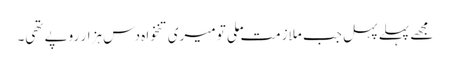
مجھے پہلے پہل جب ملازمت ملی تو میری تنخواہ دس ہزار روپے تھی۔